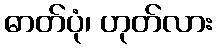
ဓာတ်ပုံ၊ ဟုတ်လား